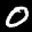
Label: 0